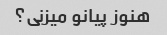
هنوز پیانو میزنی؟